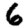
Digit: 6